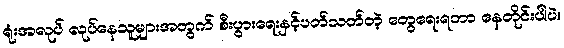
ရုံးအလုပ် လုပ်နေသူများအတွက် စီးပွားရေးနှင့်ပတ်သတ်တဲ့ တွေရေးရတာ နေတိုင်းပါပဲ။